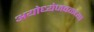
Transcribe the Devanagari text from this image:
अयोध्येजवळच्या